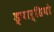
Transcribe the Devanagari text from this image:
ड्पार्डियो